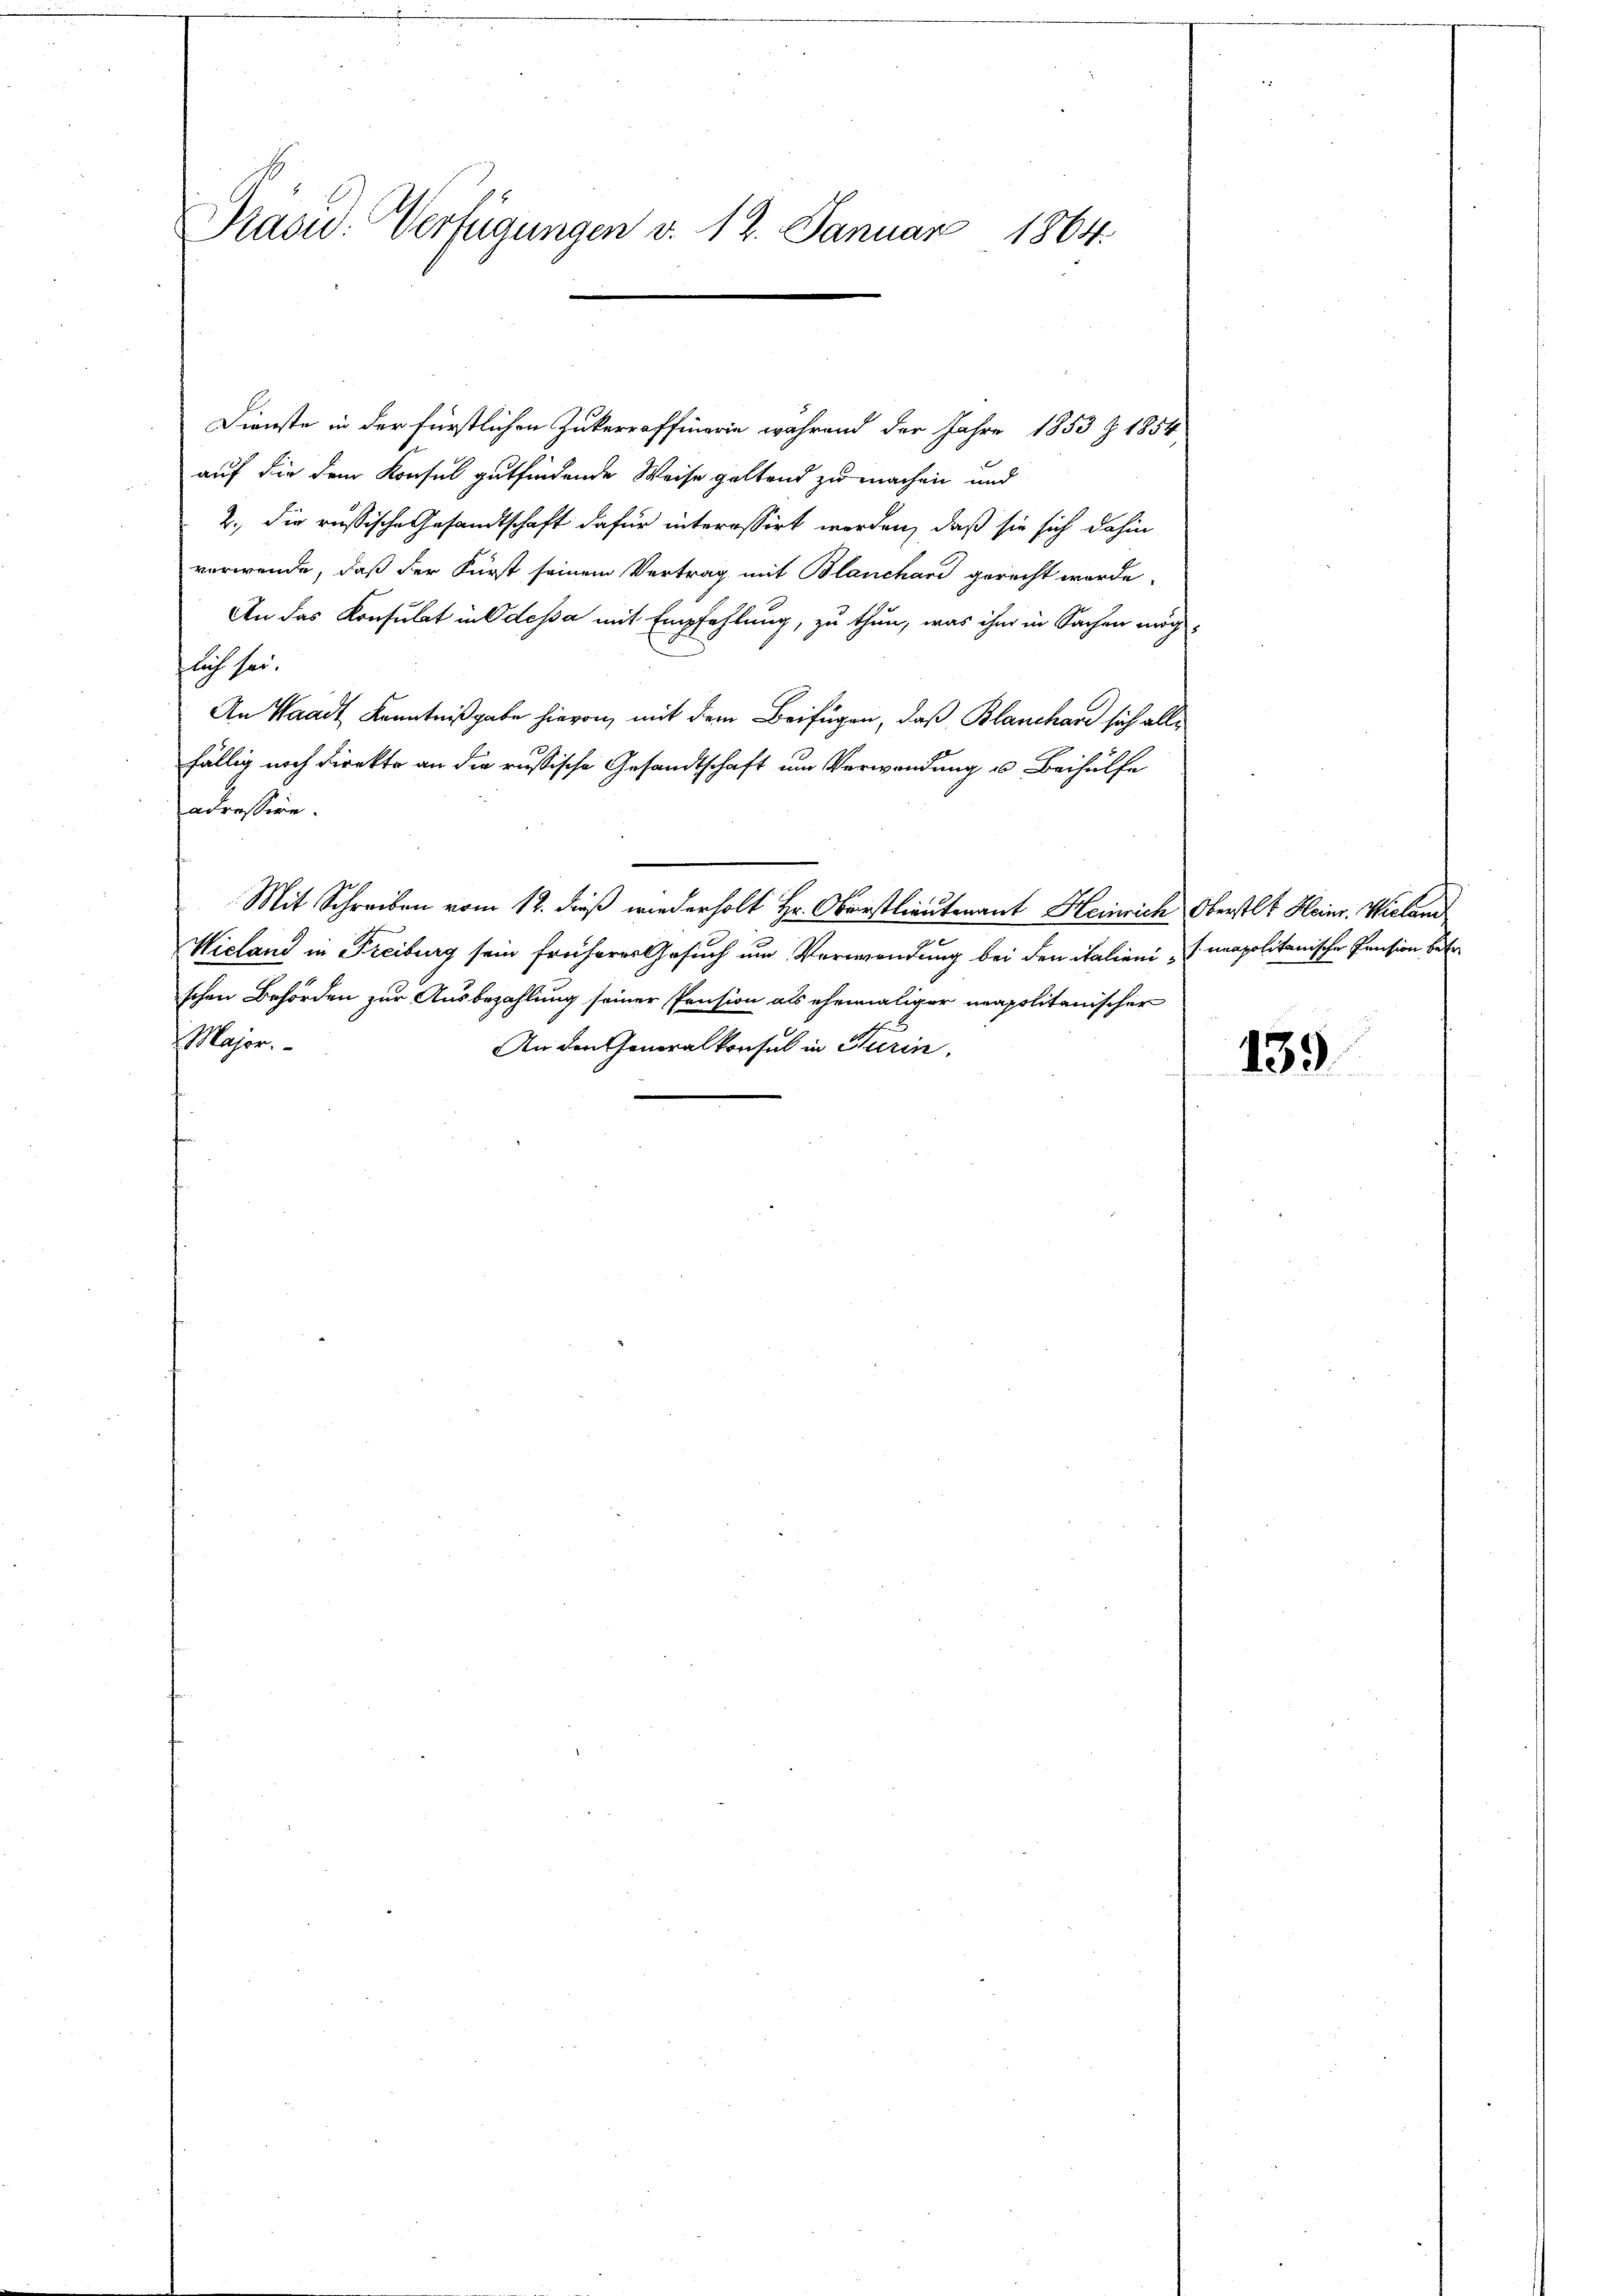
Präsid. Verfügungen v. 12. Januar 1864.

Dienste in der fürstlichen Zukerraffinerie während der Jahre 1853 Z. 1854
auf die dem Konsul gutfindende Weise geltend zu machen und
2., die russische Gesandtschaft dafür interessirt worden, daß sie sich dahin
vorwende, daß der Fürst seinem Vertrag mit Blanchard gerecht werde.
An das Konsulat in Odessa mit Empfehlung, zu thun, was ihm in Sachen möchflich sei.
An Waadt Kenntnißgabe hievon, mit dem Beifügen, daß Blanchard sich alle
fällig noch direkte an die russische Gesandtschaft um Verwendung u. Beihülfe
fadensein.
Mit Schreiben vom 12. dieß wiederholt Hr. Oberstlieutenant Heinrich Oberstlt Heinr. Wieland
Wieland in Freiburg sein früheres Gesuch um Verwendung bei den italienis unapolitanische Pension betr.
schen Behörden zur Ausbezahlung seiner Pension als ehemaliger napolitanischer
Major.
An den Generalkonsul in Herin.

139